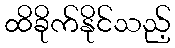
ထိခိုက်နိုင်သည့်